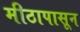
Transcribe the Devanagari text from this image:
मीठापासून